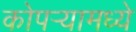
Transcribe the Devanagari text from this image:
कोपर्‍यामध्ये